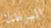
السرطان